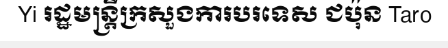
Yi រដ្ឋមន្ត្រីក្រសួងការបរទេស ជប៉ុន Taro